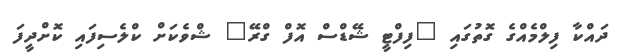
ދައްކާ ފިލްމެއްގެ ގޮތުގައި "ފިފްޓީ ޝޭޑްސް އޮފް ގްރޭ" ޝްވެކަށް ކްލެސިފައި ކޮށްދީފަ